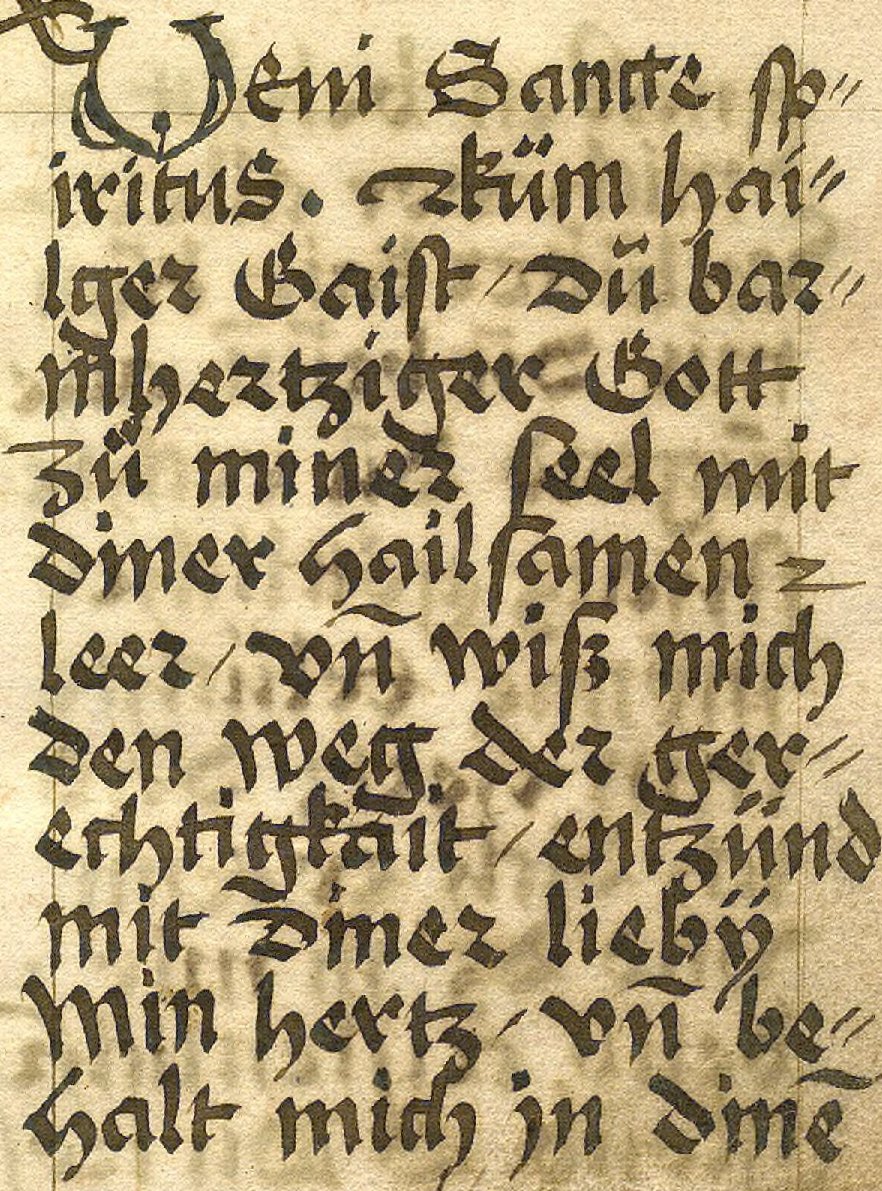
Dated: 1533–1565